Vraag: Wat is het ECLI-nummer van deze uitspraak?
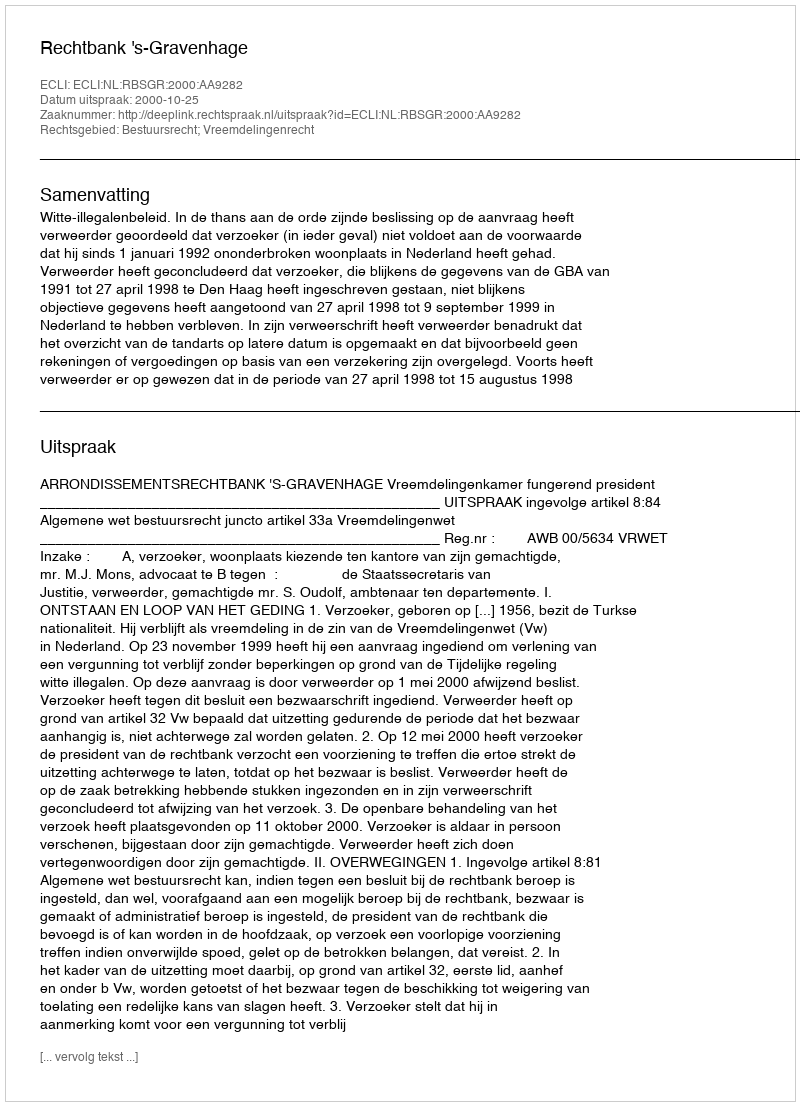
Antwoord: ECLI:NL:RBSGR:2000:AA9282